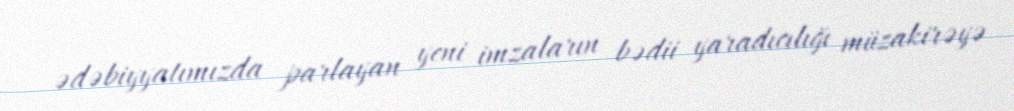
ədəbiyyatımızda parlayan yeni imzaların bədii yaradıcılığı müzakirəyə